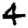
Digit: 4